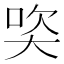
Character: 𪥒